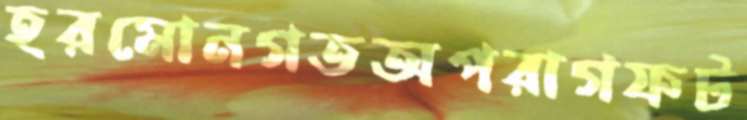
হরমোনগতঅপরাগফট